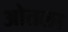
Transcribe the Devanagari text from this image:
ओतला